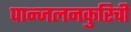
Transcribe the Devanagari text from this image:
पान्जलनकुरिची